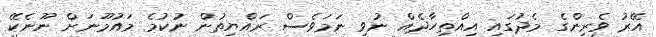
އޭރު ވެރިންގެ މެދުގައި އިއްތިހާދެއް ނުވި ނަމަވެސް ރައްޔިތުން ނުކުމެ މައުމޫނަށް ނޫނެކޭ